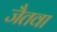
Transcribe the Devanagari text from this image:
जैतवा